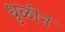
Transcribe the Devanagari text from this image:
धुळीनं